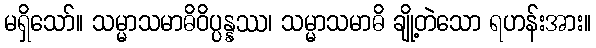
မရှိသော်။ သမ္မာသမာဓိဝိပ္ပန္နဿ၊ သမ္မာသမာဓိ ချို့တဲသော ရဟန်းအား။